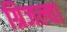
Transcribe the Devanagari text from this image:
ग्रिजल्वा